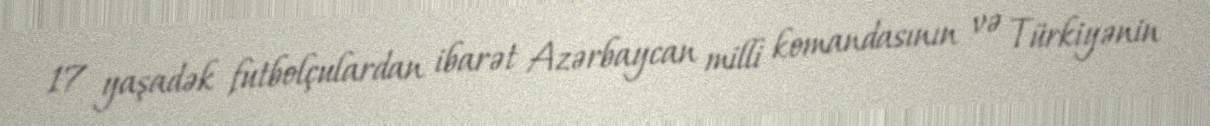
17 yaşadək futbolçulardan ibarət Azərbaycan milli komandasının və Türkiyənin